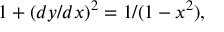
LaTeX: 1 + ( d y / d x ) ^ { 2 } = 1 / ( 1 - x ^ { 2 } ) ,